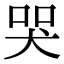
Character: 哭